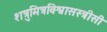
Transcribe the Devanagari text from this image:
शत्रुमित्रविश्वासस्त्रीसी